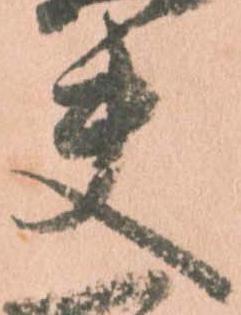
夫